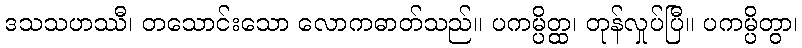
ဒသသဟဿီ၊ တသောင်းသော လောကဓာတ်သည်။ ပကမ္ပိတ္ထ၊ တုန်လှုပ်ပြီ။ ပကမ္ပိတွာ၊